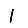
Digit: 1